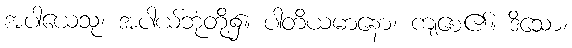
အပါယေသု၊ အပါယ်ဘုံတို့၌။ ပါတိယမာနော၊ ကျစေ၏။ ဒိသော၊